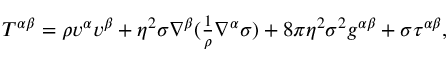
\begin{array} { r } { T ^ { \alpha \beta } = \rho v ^ { \alpha } v ^ { \beta } + \eta ^ { 2 } \sigma \nabla ^ { \beta } ( \frac { 1 } { \rho } \nabla ^ { \alpha } \sigma ) + 8 \pi \eta ^ { 2 } \sigma ^ { 2 } g ^ { \alpha \beta } + \sigma \tau ^ { \alpha \beta } , } \end{array}